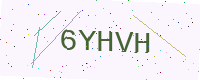
Text: 6YHVH